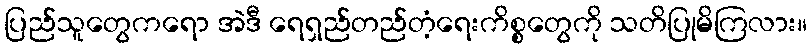
ပြည်သူတွေကရော အဲဒီ ရေရှည်တည်တံ့ရေးကိစ္စတွေကို သတိပြုမိကြလား။